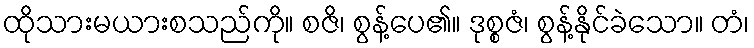
ထိုသားမယားစသည်ကို။ စဇိ၊ စွန့်ပေ၏။ ဒုစ္စဇံ၊ စွန့်နိုင်ခဲသော။ တံ၊